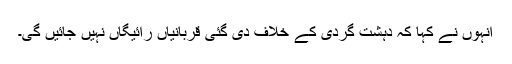
انہوں نے کہا کہ دہشت گردی کے خلاف دی گئی قربانیاں رائیگاں نہیں جائیں گی۔